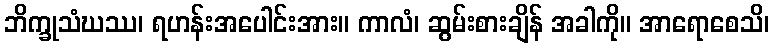
ဘိက္ခုသံဃဿ၊ ရဟန်းအပေါင်းအား။ ကာလံ၊ ဆွမ်းစားချိန် အခါကို။ အာရောစေသိ၊